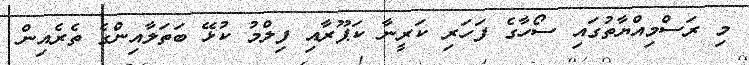
މި ރަސްމިއްޔާތުގައި ސޯހާގެ ފަހަރި ކަރީނާ ކަޕޫރާއި ފިލްމު ކުޅޭ ބަތަލާއިންގެ ތެރެއިން